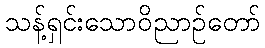
သန့်ရှင်းသောဝိညာဉ်တော်